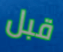
قبل